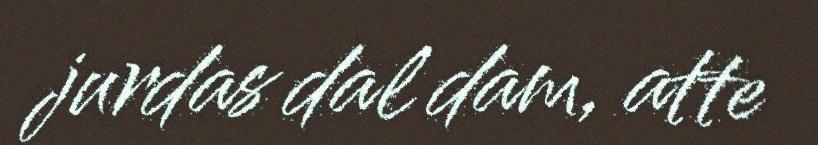
jurdas dal dam, atte